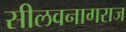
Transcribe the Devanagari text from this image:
सीलवनागराज